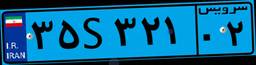
۸۷S۱۴۸۱۶